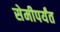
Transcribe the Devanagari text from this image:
सेमीपर्यंत